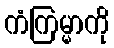
ကံကြမ္မာကို